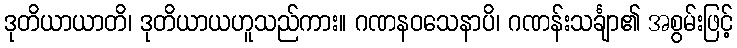
ဒုတိယာယာတိ၊ ဒုတိယာယဟူသည်ကား။ ဂဏနဝသေနာပိ၊ ဂဏန်းသင်္ချာ၏ အစွမ်းဖြင့်